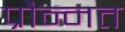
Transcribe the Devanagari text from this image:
प्रौन्‍नत